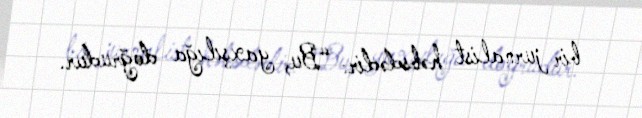
bir jurnalist həbsdədir: “Bu, yaxşılığa doğrudur.